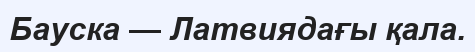
Бауска — Латвиядағы қала.